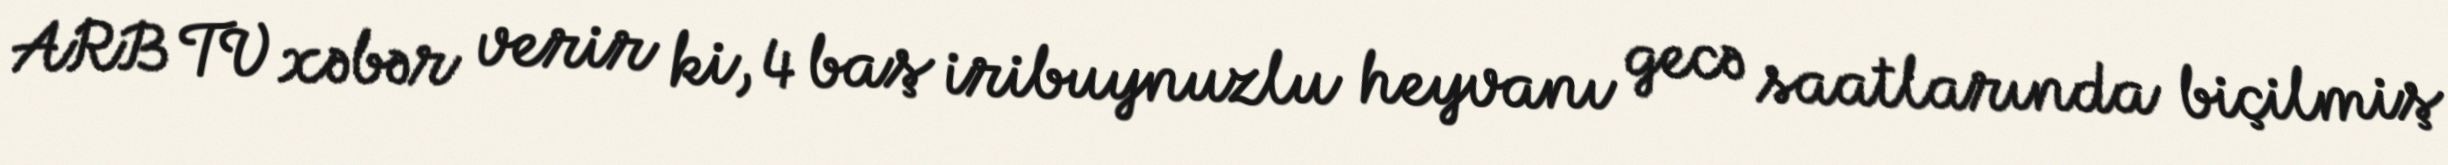
ARB TV xəbər verir ki, 4 baş iribuynuzlu heyvanı gecə saatlarında biçilmiş